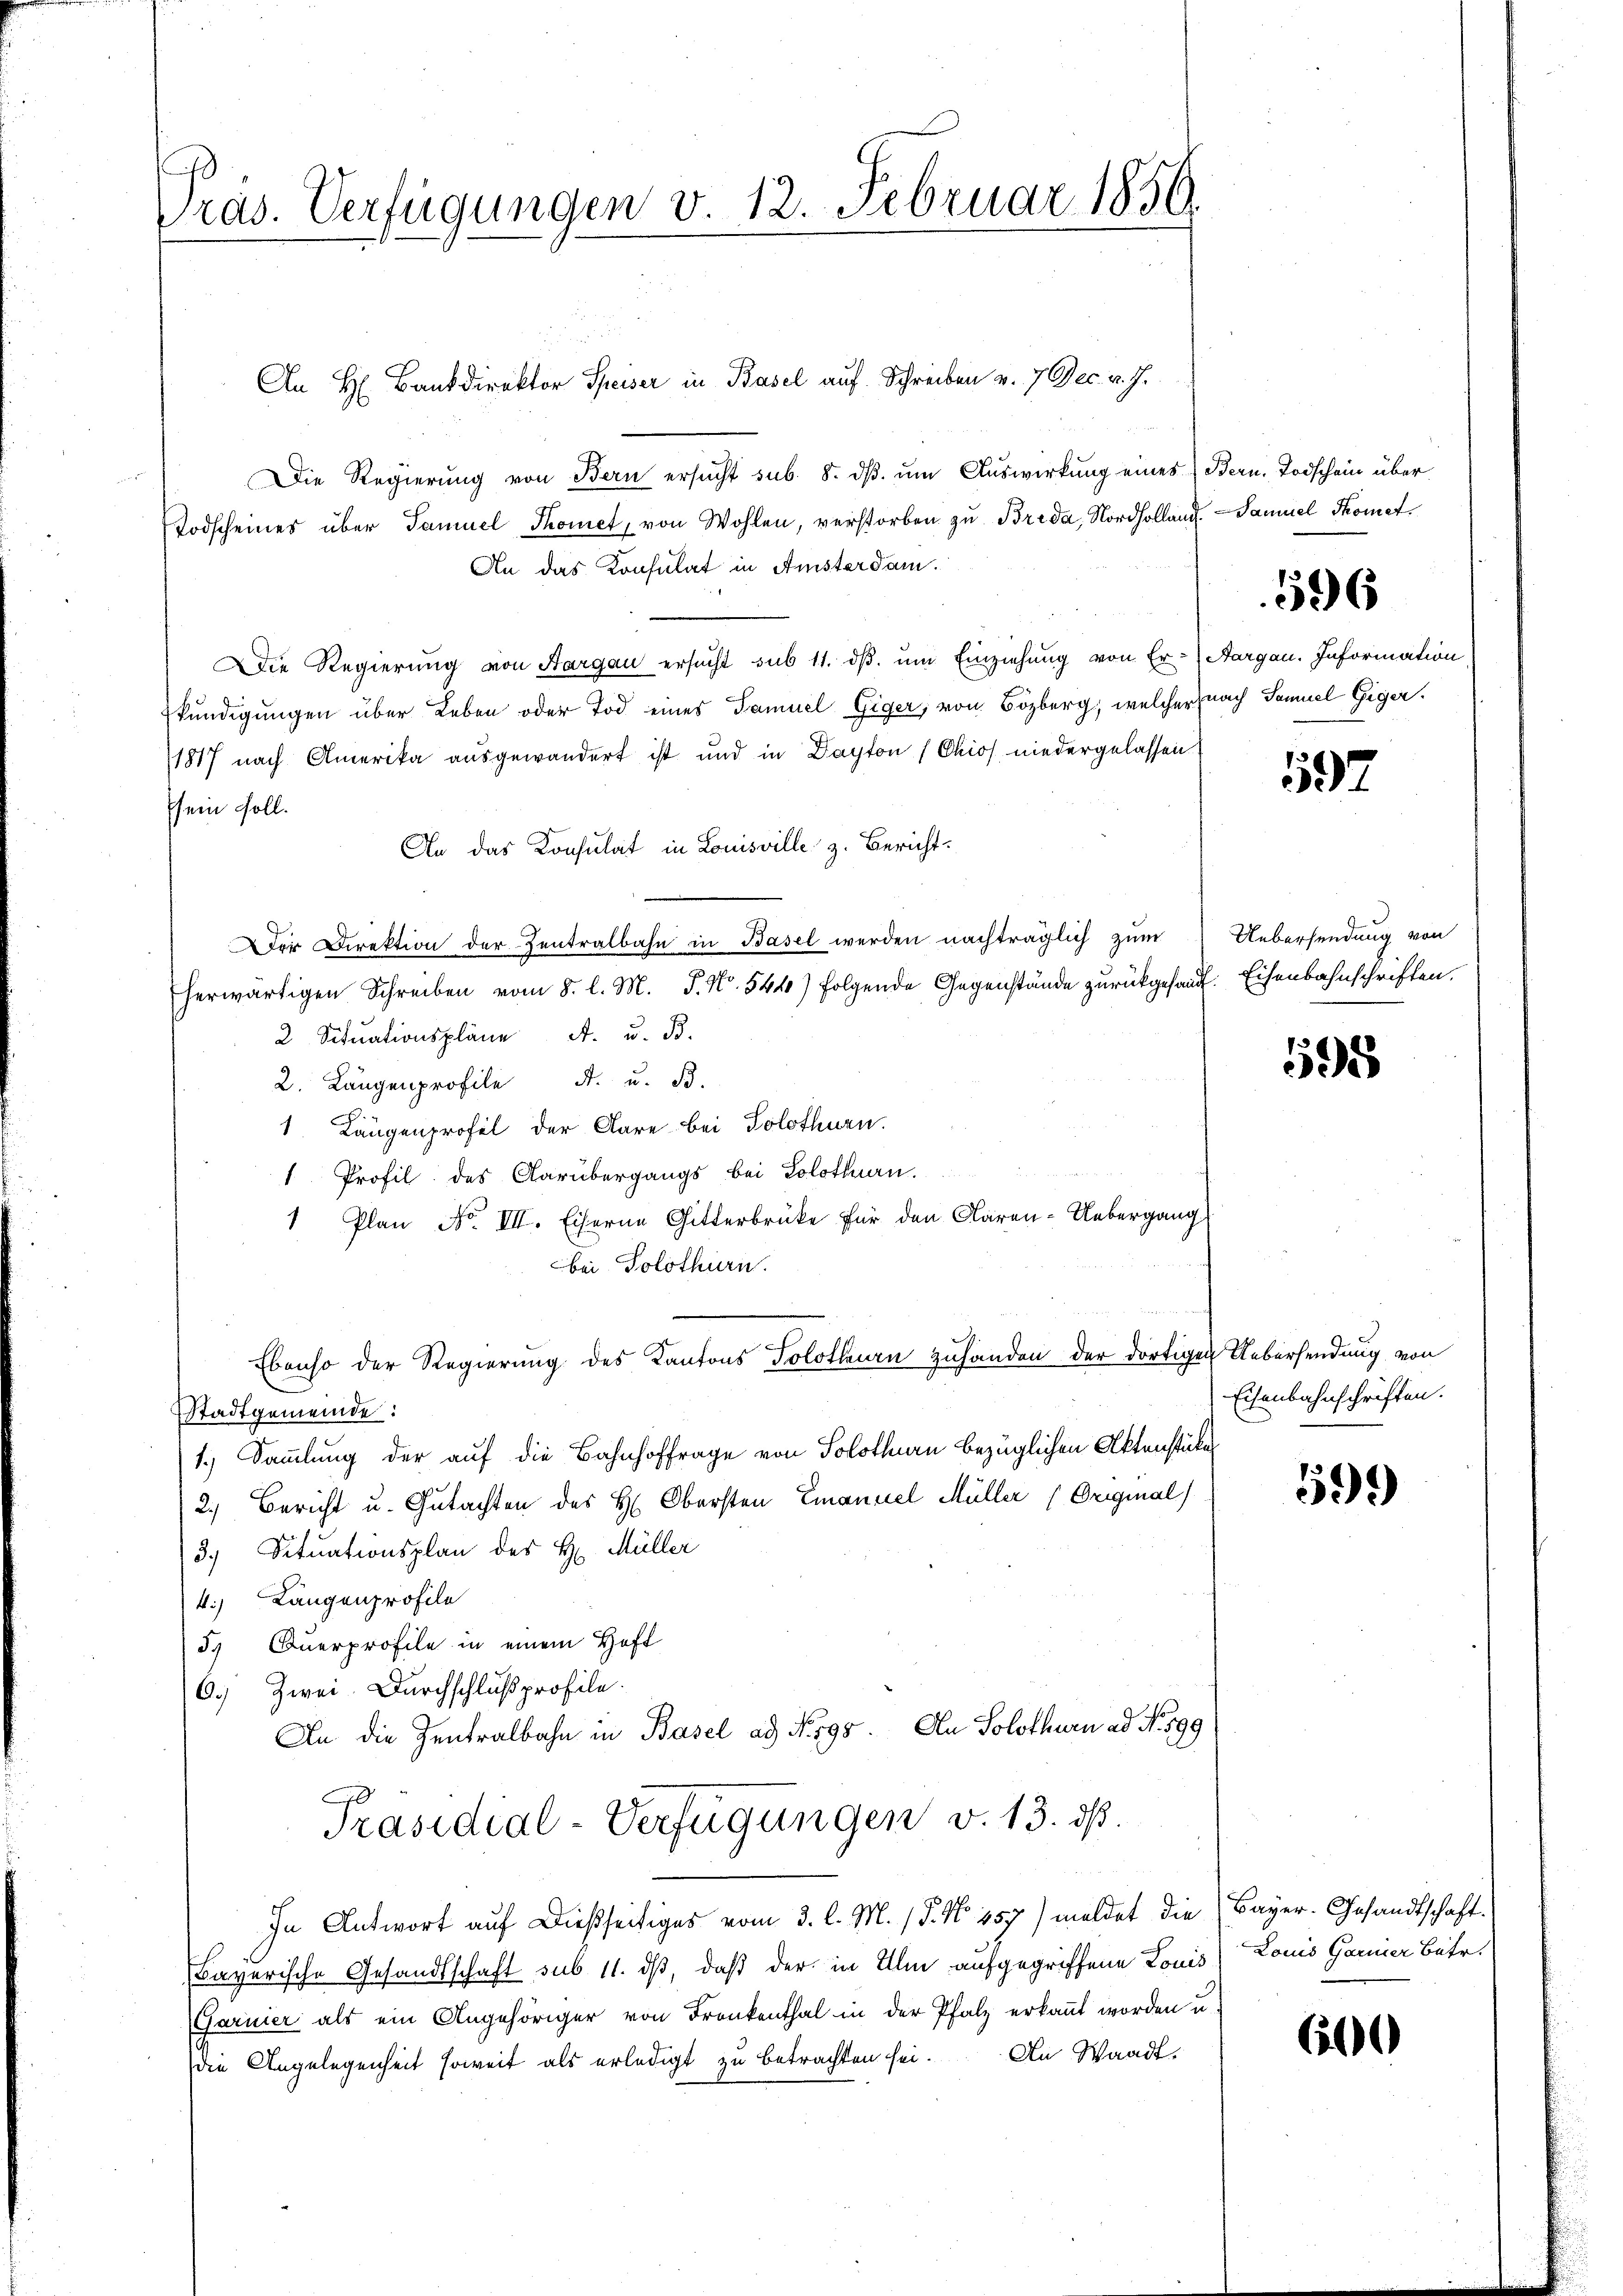
Präs. Verfügungen v. 12. Februar 1856.

Die Regierung von Bern ersucht sub. 8. dβ. um Auswirkung eines Bern, Todschein über
Todscheines über Samuel Thomet, von Wohlen, verstorben zu Brida, Nordholland. Samuel Thomet¬
An das Konsulat in Amsterdam.
Die Regierung von Aargau ersucht sub 11. dβ. um Einziehung von Er-Aargau. Information
kundigungen über Leben oder Tod eines Samuel Giger, von Bözberg, welcher nach Samuel Giger.
1817 nach Amerika ausgewandert ist und in Dayton (Chios niedergelassen
sein soll.
An das Konsulat in Louisville z. Bericht.
der Direktion der Zentralbahn in Basel werden nachträglich zum
herwärtigen Schreiben vom 8. l. M. J. N. 541) folgende Gegenstände zurückgesandt. Eisenbahnschriften.
2 Situationspläne A. u. B.
2. Längenprofile I. u. B.
1 Längenprofel der Aare bei Solothurn.
1 Profil des Carübergangs bei Solothurn.
1 Plan No VII. Eiserne Gitterbrücke für den Klaren-Uebergang
bei Solothurn.
Ebenso der Regierung des Kantons Solothurn zuhanden der dortigen Uebersendung von
Stadtgemeinde:
1.) Sammlung der auf die Bahnhoffrage von Solothurn bezüglichen Aktenstücke
2.) Bericht u. Gutachten des H: Obersten Emanuel Müller (Original
3. Situationsplan des H. Müller
4.) Langenprofile
5. Querprofile in einem Haft
6.) Zwei Durchschlußprofile.
An die Zentralbahn in Basel ad No. 595. An Solothurn ad No 399
Präsidial-Verfügungen v. 13. ds.
In Antwort auf dießseitiges vom 3. l. M. (§. No. 457) meldet die Bayer. Gesandtschaft.
Bayerische Gesandtschaft sub 11. dß, daß der in Ulm aufgegriffene Louis Louis Garnier Betr.
(Garnier als ein Angehöriger von Frankenthal in der Pfalz erkannt worden u.
die Angelegenheit soweit als erledigt zu betrachten sei. An Waadt,

An H. Bankdirektor Speiser in Basel auf Schreiben v. 7. Dec. v. J.

596

592

Uebersendung von

595

Eisenbahnschriften.

599)

650